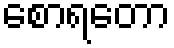
စောရတော